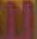
M